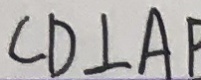
C D \bot A P